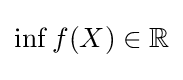
\inf _{}f(X)\in \mathbb {R}